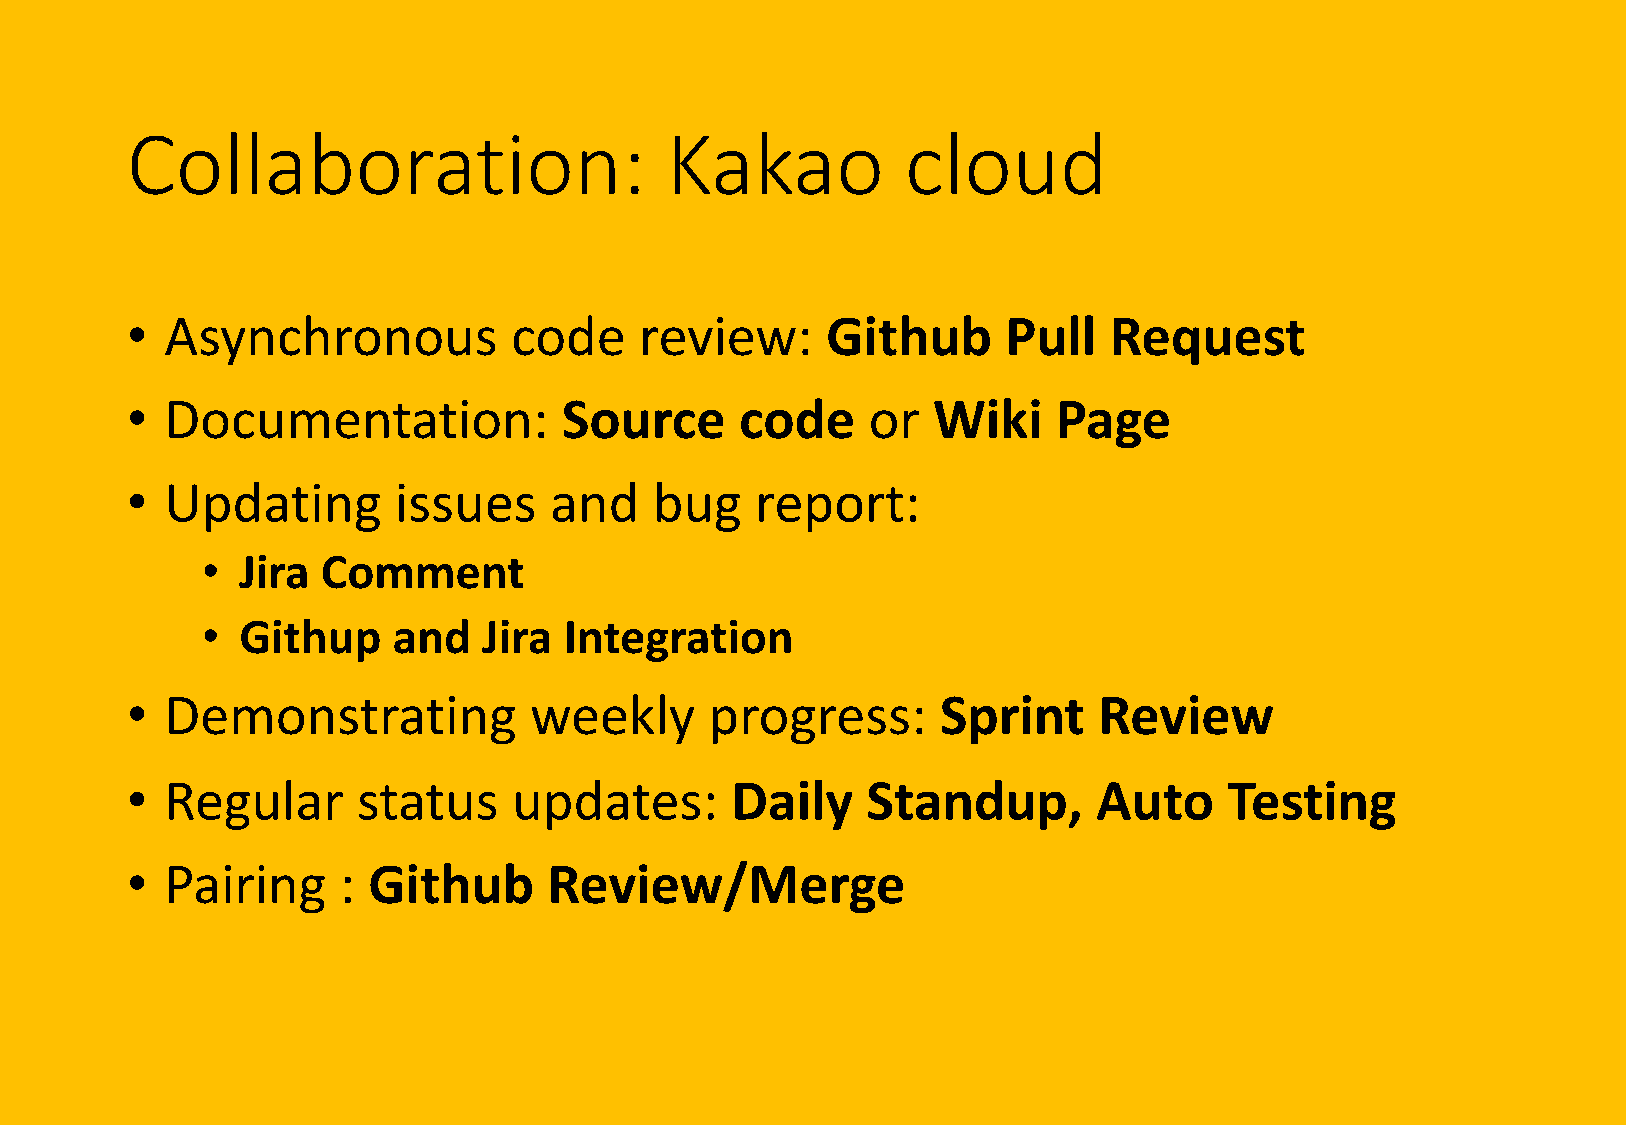
Collaboration:                      Kakao           cloud
 •  Asynchronous           code    review:      Github      Pull  Request
 •  Documentation:            Source      code    or   Wiki    Page
 •  Updating       issues    and    bug    report:
 •  Jira Comment
 •  Githup    and   Jira Integration
 •  Demonstrating           weekly      progress:      Sprint     Review
 •  Regular      status    updates:      Daily    Standup,        Auto    Testing
 •  Pairing    : Github      Review/Merge